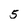
Character: 5